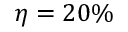
\eta = 2 0 \%